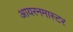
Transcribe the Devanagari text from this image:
आयरनमास्टर